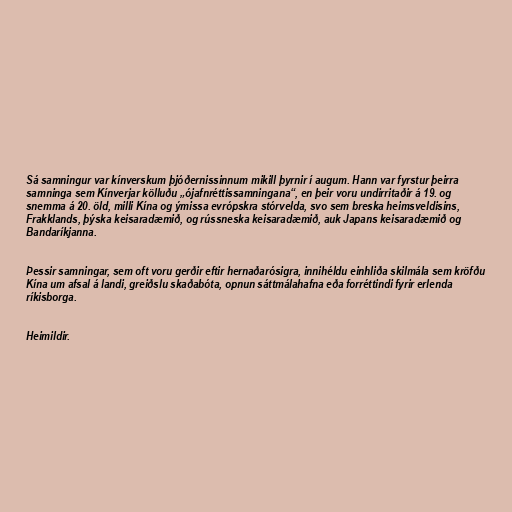
Sá samningur var kínverskum þjóðernissinnum mikill þyrnir í augum. Hann var fyrstur þeirra
samninga sem Kínverjar kölluðu „ójafnréttissamningana“, en þeir voru undirritaðir á 19. og
snemma á 20. öld, milli Kína og ýmissa evrópskra stórvelda, svo sem breska heimsveldisins,
Frakklands, þýska keisaradæmið, og rússneska keisaradæmið, auk Japans keisaradæmið og
Bandaríkjanna.

Þessir samningar, sem oft voru gerðir eftir hernaðarósigra, innihéldu einhliða skilmála sem kröfðu
Kína um afsal á landi, greiðslu skaðabóta, opnun sáttmálahafna eða forréttindi fyrir erlenda
ríkisborga.

Heimildir.